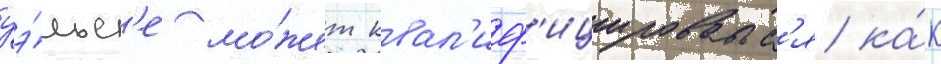
уэ́льс'е мо́жет квал'иф'ицироватьс'я ка́к